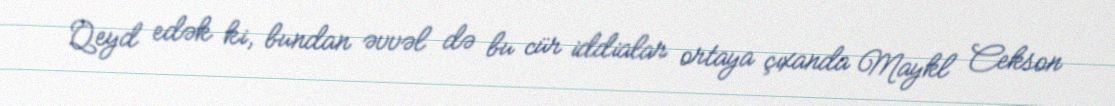
Qeyd edək ki, bundan əvvəl də bu cür iddialar ortaya çıxanda Maykl Cekson